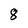
Character: 8